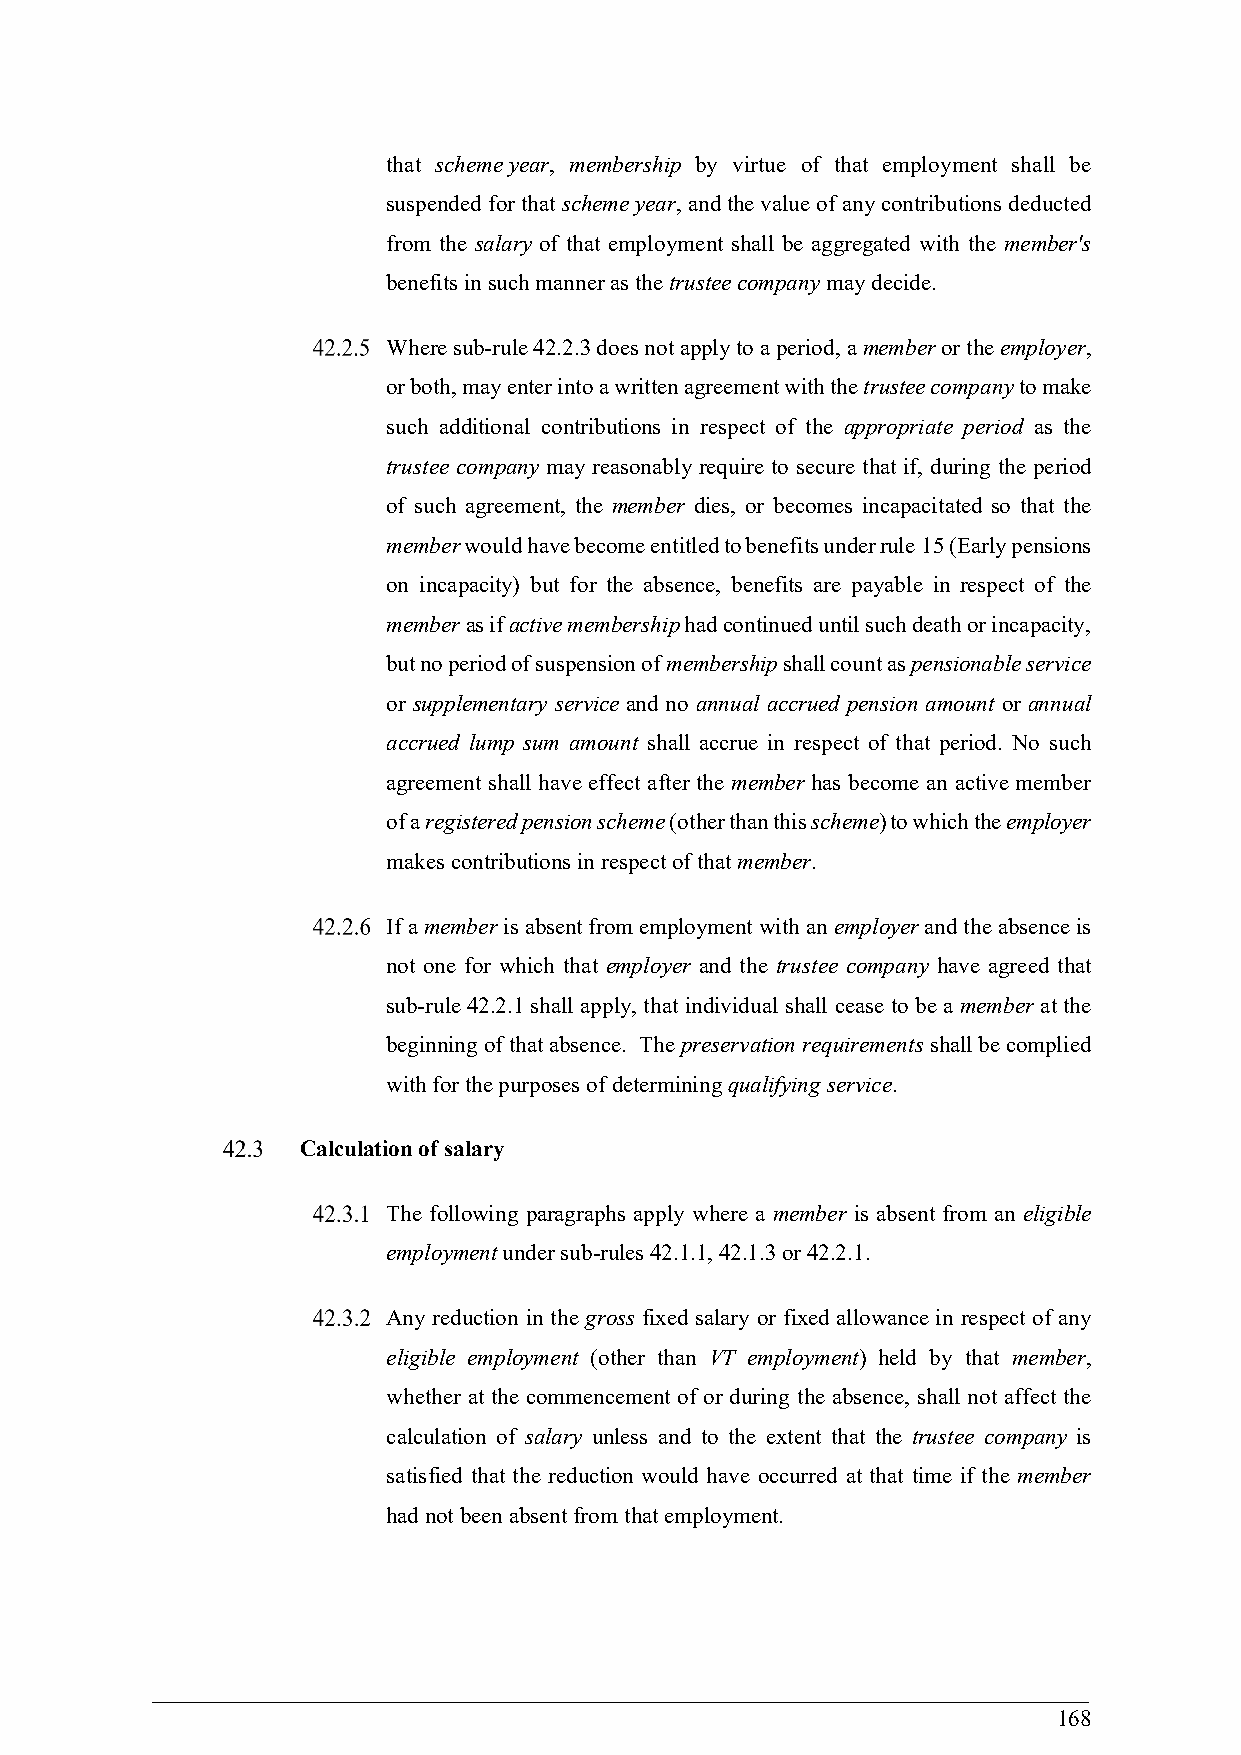
that scheme year, membership by virtue of that employment shall be
 suspended for that scheme year, and the value of any contributions deducted
 from the salary of that employment shall be aggregated with the member's
 benefits in such manner as the trustee company may decide.
 Where sub-rule 42.2.3 does not apply to a period, a member or the employer,
 or both, may enter into a written agreement with the trustee company to make
 such additional contributions in respect of the appropriate period as the
 trustee company may reasonably require to secure that if, during the period
 of such agreement, the member dies, or becomes incapacitated so that the
 member would have become entitled to benefits under rule 15 (Early pensions
 on incapacity) but for the absence, benefits are payable in respect of the
 member as if active membership had continued until such death or incapacity,
 but no period of suspension of membership shall count as pensionable service
 or supplementary service and no annual accrued pension amount or annual
 accrued lump sum amount shall accrue in respect of that period. No such
 agreement shall have effect after the member has become an active member
 of a registered pension scheme (other than this scheme) to which the employer
 makes contributions in respect of that member.
 If a member is absent from employment with an employer and the absence is
 not one for which that employer and the trustee company have agreed that
 sub-rule 42.2.1 shall apply, that individual shall cease to be a member at the
 beginning of that absence. The preservation requirements shall be complied
 with for the purposes of determining qualifying service.
 Calculation of salary
 The following paragraphs apply where a member is absent from an eligible
 employment under sub-rules 42.1.1, 42.1.3 or 42.2.1.
 Any reduction in the gross fixed salary or fixed allowance in respect of any
 eligible employment (other than VT employment) held by that member,
 whether at the commencement of or during the absence, shall not affect the
 calculation of salary unless and to the extent that the trustee company is
 satisfied that the reduction would have occurred at that time if the member
 had not been absent from that employment.
 168